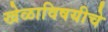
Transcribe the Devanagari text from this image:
खेळाविषयीचे